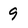
Character: 9